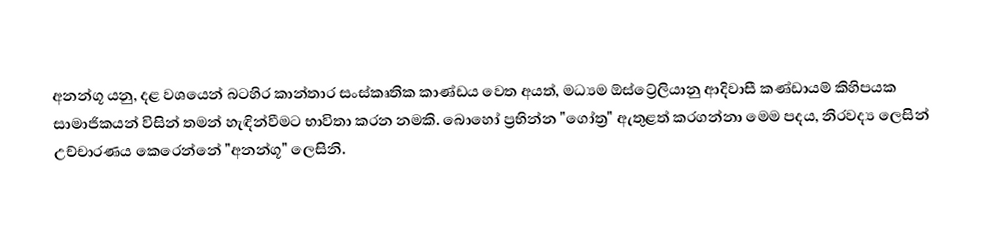
අනන්ගූ යනු, දළ වශයෙන් බටහිර කාන්තාර සංස්කෘතික කාණ්ඩය වෙත අයත්, මධ්‍යම ඕස්ට්‍රේලියානු  ආදිවාසී කණ්ඩායම් කිහිපයක සාමාජිකයන් විසින් තමන් හැඳින්වීමට භාවිතා කරන නමකි. බොහෝ ප්‍රභින්න "ගෝත්‍ර" ඇතුළත් කරගන්නා මෙම පදය, නිරවද්‍ය ලෙසින් උච්චාරණය කෙරෙන්නේ "අනන්ගූ" ලෙසිනි.